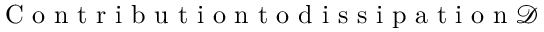
\mathrm { ~ C ~ o ~ n ~ t ~ r ~ i ~ b ~ u ~ t ~ i ~ o ~ n ~ t ~ o ~ d ~ i ~ s ~ s ~ i ~ p ~ a ~ t ~ i ~ o ~ n ~ } \mathcal D